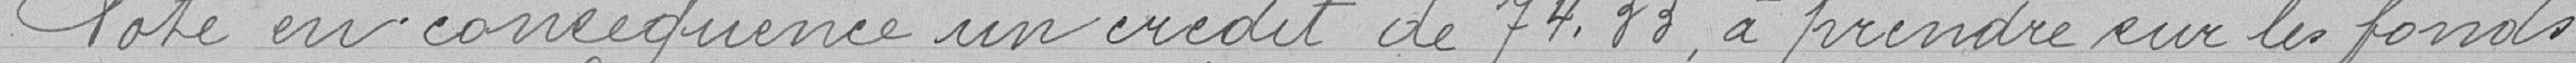
Vote en conséquence un crédit de 74.33, à prendre sur les fonds